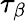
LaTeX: \tau_{\beta}